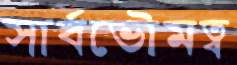
সার্বভৌমত্ব